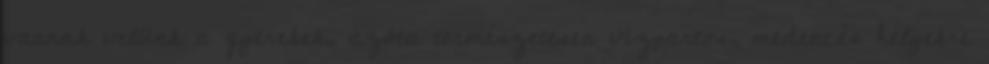
vannak velünk a gyerekek, azóta természetesen vízpartos, medencés helyekre